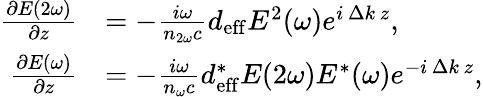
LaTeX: {\begin{array}{rl}{{\frac{\partial E(2\omega)}{\partial z}}}&{=-{\frac{i\omega}{n_{2\omega}c}}d_{\mathrm{eff}}E^{2}(\omega)e^{i\, \Delta k\, z},}\\ {{\frac{\partial E(\omega)}{\partial z}}}&{=-{\frac{i\omega}{n_{\omega}c}}d_{\mathrm{eff}}^{*}E(2\omega)E^{*}(\omega)e^{-i\, \Delta k\, z},}\end{array}}